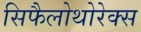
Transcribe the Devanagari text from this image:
सिफैलोथोरेक्स